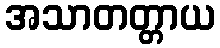
အသာတတ္တာယ